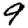
Digit: 9